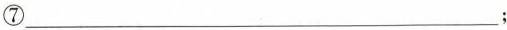
⑦___；